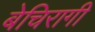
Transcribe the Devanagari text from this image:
बेचिरागी